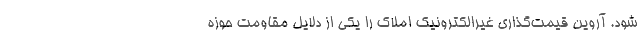
شود. آروین قیمت‌گذاری غیرالکترونیک املاک را یکی از دلایل مقاومت حوزه